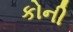
કોની